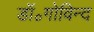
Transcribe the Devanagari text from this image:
डॉ॰गोविन्द